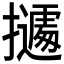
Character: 𭢾